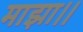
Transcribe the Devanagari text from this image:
माझा।।